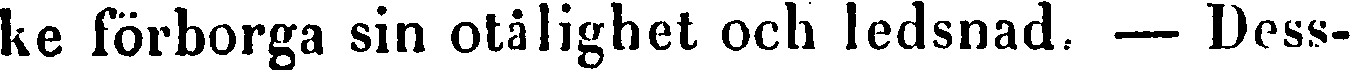
ke förborga sin otålighet och ledsnad. — Dess-